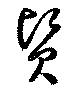
賢